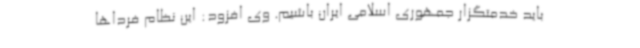
باید خدمتگزار جمهوری اسلامی ایران باشیم. وی افزود: این نظام فرداها